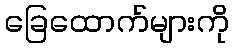
ခြေထောက်များကို